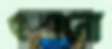
গুম্‌রানো